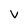
Character: V